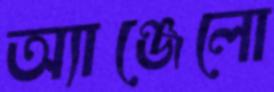
অ্যাঞ্জেলো